Lock hospitals Punjab
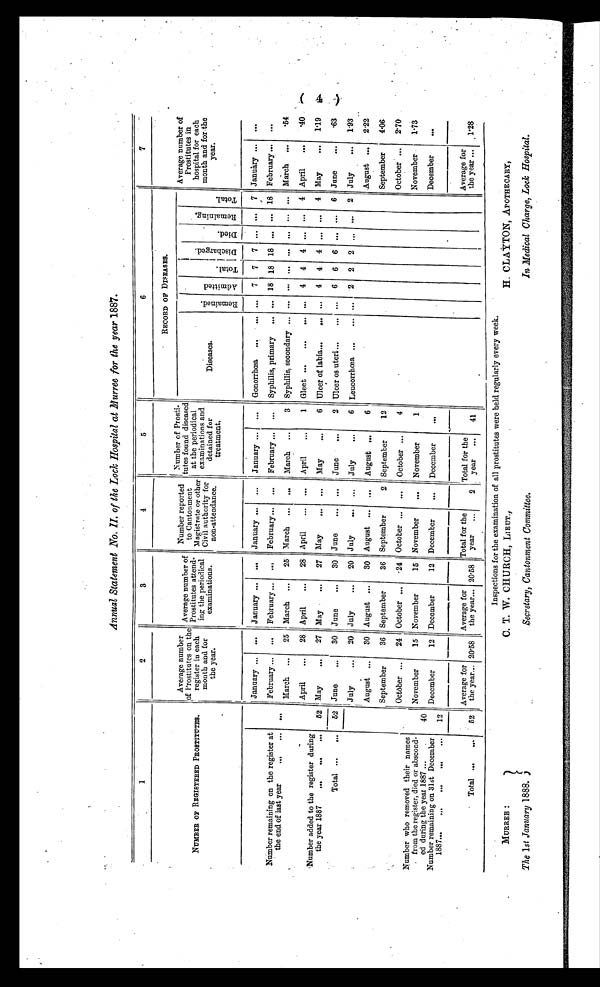
Annual Statement No. II. of the Lock Hospital at Murree for the year 1887.
1
2
3
4
5
6
7
NUMBER OF REGISTERED PROSTITUTES.
Average number
of Prostitutes on the
register in each
month and for
the year.
Average number of
Prostitutes attend-
ing the periodical
examinations.
Number reported
to Cantonment
Magistrate or other
Civil authority for
other
non-attendance.
Number of Prosti
tutes found diseased
at the periodical
examinations and
detained for
treatment.
RECORD OF DISEASES.
Average number of
Prostitutes in
hospital for each
month and for the
y e a r .
Di s eas es .
R e m a i n e d .
A d m i t t e d
T o t a l .
D i s c h a r g e d .
D i e d .
R e m a i n i n g .
T o t a l .
Number remaining on the register at
the end of last year
...
. . .
January ...
. . . January
. . .
. . . January ...
. . . January ...
. . .
Gonorrhœa ...
. . . . . . 7
7
7
. . .
. . . 7 January ...
. . .
February ...
. . . February ...
. . . February...
. . . February ...
. . .
Syphilis, primary
. . . . . . 18 18 18
. . .
. . . 18 February ...
. . .
. . .
March ...
25
March
. . .
25 March
. . .
. . . March ...
3 Syphilis, secondary
. . . . . .
. . .
. . .
. . .
. . .
. . . March ...
.54
Number added to the register during
the year 1887
...
...
. . .
April
...
28 April
. . . 28 April
. . .
. . . April
...
1 Gleet
. . . . . . . . . 4 4 4
. . .
. . .
4 April
...
.40
52 May
...
27 May
. . .
27 May
. . .
. . .
May
...
6 Ulcer of labia...
. . . . . . 4 4 4
. . .
. . .
4
May
... 1.19
Total
. . .
. . .
52 June ...
30 June
. . .
30 June
. . .
. . . June
...
2 Ulcer os uteri. ...
. . . . . . 6 6 6
. . .
. . . 6 June
...
.63
July ...
20 July
. . .
20 July
. . .
. . . July
...
6 Leucorrhœa ...
. . . . . . 2 2 2
. . .
. . .
2 July
... 1.93
August ...
30 August
. . .
30 August
. . .
. . . August ...
6
August ...
2.22
September
36 September
36 September
2 September
12
September
4.06
Number who removed their names
from the register, died or abscond-
ed during the year 1887 ...
Number remaining on 31st December
1 88 7...
...
...
...
. . .
October ...
24 October
. . . 24 October
. . .
. . .
October ...
4
October ... 2.70
November
1.73
40
November
15 November
15 November
. . .
November
1
December
. . .
December
12 December
12 December
. . .
December
. . .
12
Total . . .
. . .
52
Average for
the year... 20.58
Average for
the year... 20.58
Total for the
year
. . .
2
Total for the
year
...
41
Average for
the year ... 1.28
I n s p e c t i o n s f o r t h e e x a m i n a t i o n o f a l l p
r o s t i t u t e s w e r e h e l d
r e g u l a r l y e v e r y w e e k .
MURREE :
C. T. W. CHURCH, LIEUT,
H. CLAYTON, APOTHECARY,
The 1st January 1888. Secretary, Cantonment Committee. In Medical Charge, Lock Hospital.